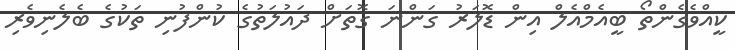
ކީއްވެގެންތޯ ބީއެމްއެލް އިން ޑޮލަރު ގަންނަ ގޮތަށް ދައުލަތުގެ ކުންފުނި ތަކުގެ ބެލެނިވެރި